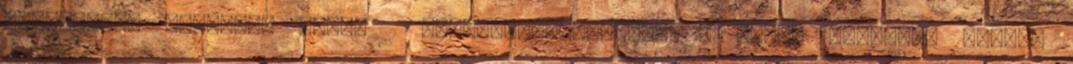
vérforraló aljasság ellen 1 Egészség-környezet 14 Aries egészség rovata